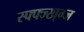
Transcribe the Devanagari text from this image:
स्फ्फ्ज्ख्ग्ज